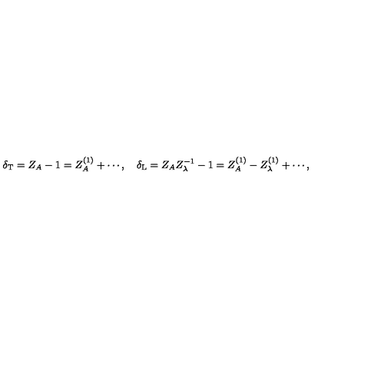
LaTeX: \delta _ { \mathrm { T } } = Z _ { A } - 1 = Z _ { A } ^ { ( 1 ) } + \cdots , \quad \delta _ { \mathrm { L } } = Z _ { A } Z _ { \lambda } ^ { - 1 } - 1 = Z _ { A } ^ { ( 1 ) } - Z _ { \lambda } ^ { ( 1 ) } + \cdots ,